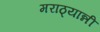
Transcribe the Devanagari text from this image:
मराठ्यान्नी